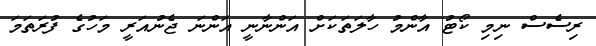
ރިސެސް ނިމި ކޯޓު އާންމު ހާލަތަކަށް އަންނާނީ އަންނަ ޖެނުއަރީ މަހުގެ ފުރަތަމަ